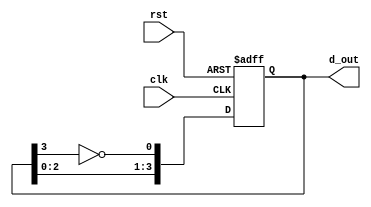
`timescale 1ns / 1ps
//////////////////////////////////////////////////////////////////////////////////
// Company: 
// Engineer: 
// 
// Design Name: 
// Module Name: johnson
// Project Name: 
// Target Devices: 
// Tool Versions: 
// Description: 
// 
// Dependencies: 
// 
// Revision:
// Revision 0.01 - File Created
// Additional Comments:
// 
//////////////////////////////////////////////////////////////////////////////////


module johnson_counter(
    input clk,
    input rst,
    output reg [3:0] d_out
    );
    always@(posedge clk ,negedge rst)
    begin
    if(!rst)
    d_out<='b0;
    else
    d_out<={d_out[2:0],~d_out[3]};
    end
endmodule